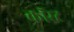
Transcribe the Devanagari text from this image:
कॉस्‍ट